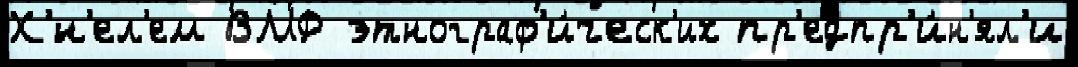
Х'́н'ел'ем ВМФ этнограф'и́ческ'их пр'едпр'и́н'ял'и